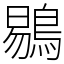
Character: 鶍